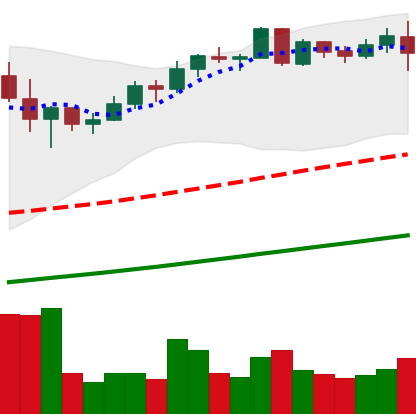
Ticker: BNB-USD
Chart end date: 2021-05-10
Forward return: -10.82%
Label: down_7plus